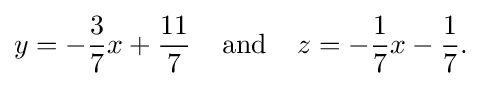
y=-{\frac {3}{7}}x+{\frac {11}{7}}\;\;\;\;{\text{and}}\;\;\;\;z=-{\frac {1}{7}}x-{\frac {1}{7}}{\text{.}}